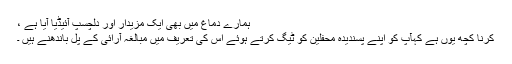
ہمارے دماغ میں بھی ایک مزیدار اور دلچسپ آئیڈیا آیا ہے ،
کرنا کچھ یوں ہے کہآپ کو اپنے پسندیدہ محفلین کو ٹیگ کرتے ہوئے اس کی تعریف میں مبالغہ آرائی کے پل باندھنے ہیں ۔